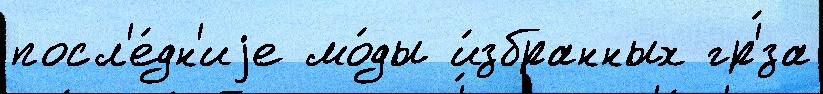
посл'е́дн'иjе мо́ды и́збранных гр'́за